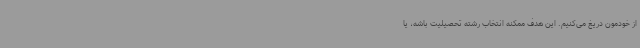
از خودمون دریغ می‌کنیم. این هدف ممکنه انتخاب رشته تحصیلیت باشه، یا